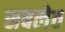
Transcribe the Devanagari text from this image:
सबलेत